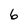
Character: 6